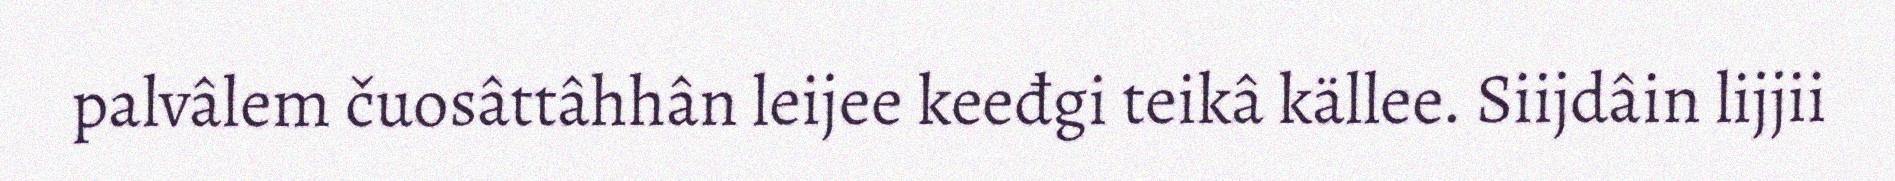
palvâlem čuosâttâhhân leijee keeđgi teikâ källee. Siijdâin lijjii